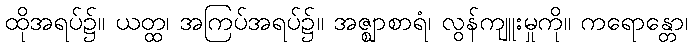
ထိုအရပ်၌။ ယတ္ထ၊ အကြပ်အရပ်၌။ အဇ္ဈာစာရံ၊ လွန်ကျူးမှုကို။ ကရောန္တော၊